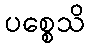
ပစ္စေသိ